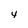
Character: 4